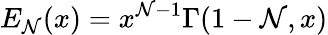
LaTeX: E_{\mathcal{N}}(x)=x^{\mathcal{N}-1}\Gamma(1-\mathcal{N},x)